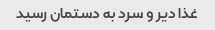
غذا دیر و سرد به دستمان رسید